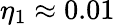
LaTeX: \eta_{1}\approx 0.01